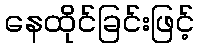
နေထိုင်ခြင်းဖြင့်